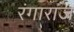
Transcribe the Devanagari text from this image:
रंगाराज